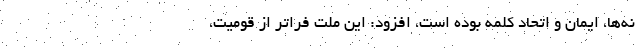
نه‌ها، ایمان و اتحاد کلمه بوده است، افزود: این ملت فراتر از قومیت،